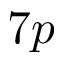
7 p